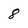
Character: 8